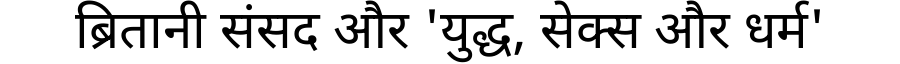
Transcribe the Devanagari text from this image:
ब्रितानी संसद और 'युद्ध, सेक्स और धर्म'